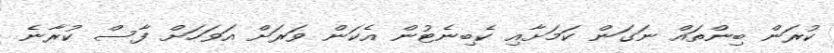
ކުރަން ބިންތައް ނަގަން ކަމަށާއި ކެބިނެޓުން އެކަން ވަރަށް އަވަހަށް ފާސް ކުރާނެ